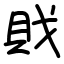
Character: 戝